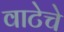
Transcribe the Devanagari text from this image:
वाटेचे